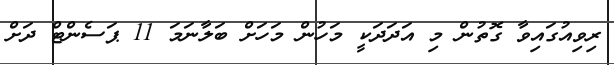
ރިވިއުގައިވާ ގޮތުން މި އަދަދަކީ މަހުން މަހަށް ބަލާނަމަ 11 ޕަސެންޓް ދަށް